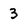
Character: 3